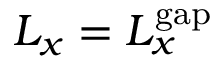
L _ { x } = L _ { x } ^ { \mathrm { g a p } }